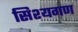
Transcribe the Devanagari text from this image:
सिश्यगण